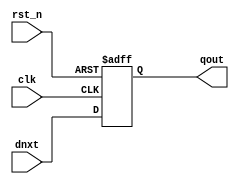
module dffr # (
  parameter DW = 32,
  parameter RDT = 0
) (
  input      [DW-1:0] dnxt,
  output     [DW-1:0] qout,
  input               clk,
  input               rst_n
);
reg [DW-1:0] qout_r;
always @(posedge clk or negedge rst_n)
begin : DFFR_PROC
  if (rst_n == 1'b0)
    qout_r <= RDT;
  else                  
    qout_r <= #1 dnxt;
end
assign qout = qout_r;
endmodule